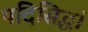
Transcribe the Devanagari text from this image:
पदिसिद्धं।